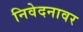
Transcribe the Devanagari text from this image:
निवेदनावर